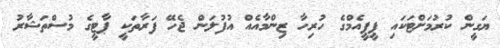
ޔަގީން ކުރުމަށްޓަކައި ޕީޕީއެމްގެ ހުރިހާ ޒިންމާއެއް އުފުލަން ޖެހޭ ފަރާތަކީ ޕާޓީގެ މުސްތަޝާރު